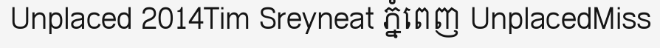
Unplaced 2014Tim Sreyneat ភ្នំពេញ UnplacedMiss